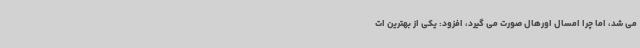
می شد، اما چرا امسال اورهال صورت می گیرد، افزود: یکی از بهترین ات